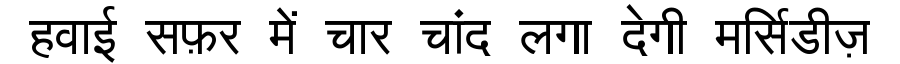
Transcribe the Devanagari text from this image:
हवाई सफ़र में चार चांद लगा देगी मर्सिडीज़